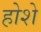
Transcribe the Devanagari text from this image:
होशे